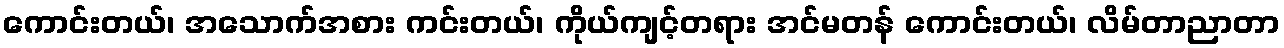
ကောင်းတယ်၊ အသောက်အစား ကင်းတယ်၊ ကိုယ်ကျင့်တရား အင်မတန် ကောင်းတယ်၊ လိမ်တာညာတာ